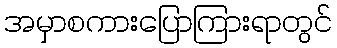
အမှာစကားပြောကြားရာတွင်